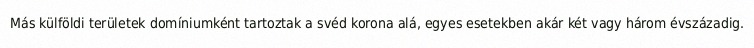
Más külföldi területek domíniumként tartoztak a svéd korona alá, egyes esetekben akár két vagy három évszázadig.